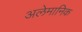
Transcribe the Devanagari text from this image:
अलेमानिक